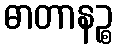
ဓာတာနဉ္စ